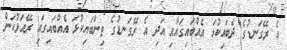
އެ ރޭގަނޑުގެ ދެބައިކުޅަ އެއްބައިގައާއި އަދި އެ ރޭގަނޑުގެ ތިންބައިކުޅަ އެއްބައިގައި ރޭއަޅުކަން